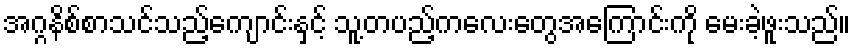
အဂ္ဂနိစ်စာသင်သည့်ကျောင်းနှင့် သူ့တပည့်ကလေးတွေအကြောင်းကို မေးခဲ့ဖူးသည်။